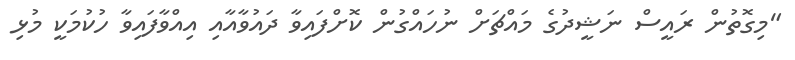
"މިގޮތުން ރައީސް ނަޝީދުގެ މައްޗަށް ނުހައްގުން ކޮށްފައިވާ ދައުވާއާއި އިއްވާފައިވާ ހުކުމަކީ މުޅި